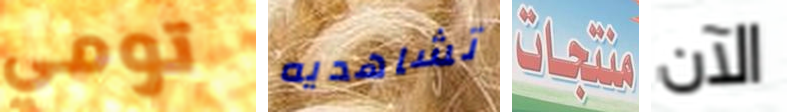
تومي تشاهديه منتجات الآن